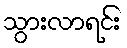
သွားလာရင်း